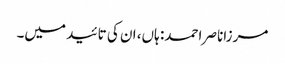
مرزاناصر احمد: ہاں، ان کی تائید میں۔